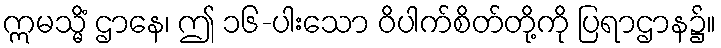
ဣမသ္မိံ ဌာနေ၊ ဤ ၁၆-ပါးသော ဝိပါက်စိတ်တို့ကို ပြရာဌာန၌။